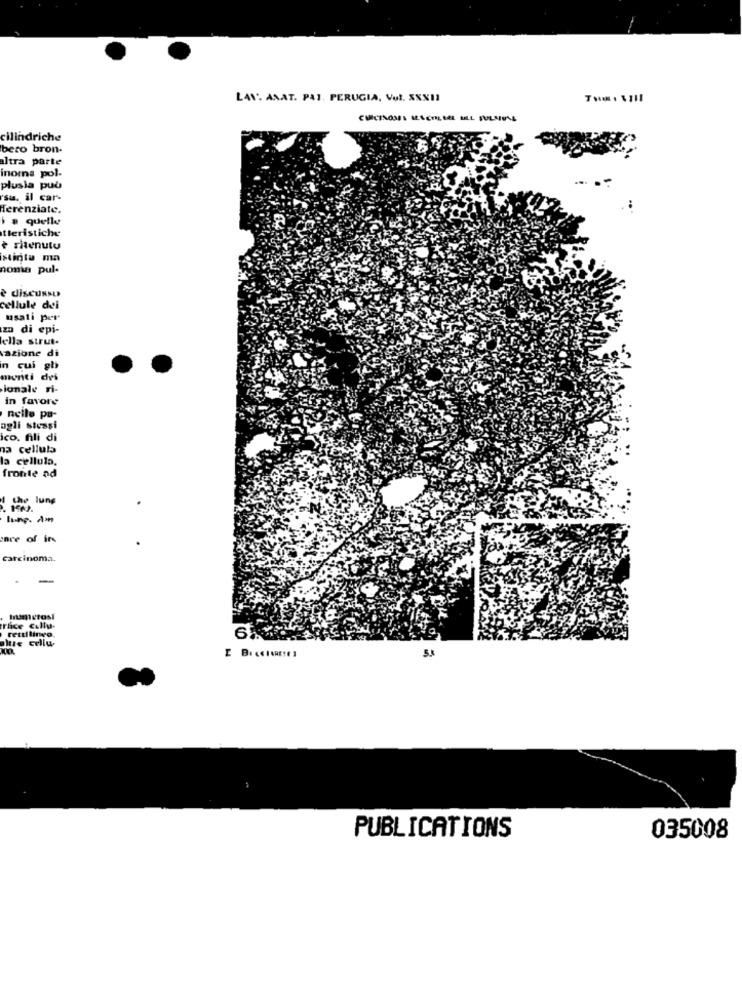
LAN'S ANAT. PAI. PERUGIA, Vol. XXX11
cilindriche
bero bron-
altra parte
inomna pol-
plusla puù
"su, il car-
Herenziate.
i a quelle
tteristiche
è ritenuto
stinta ma
nona pul-
è diSCUNSU
cellule dei
usati per
za di epi-
ella strut-
azione di
in cui gli
monti dei
ionale ri-
in favore
nelle pa-
agli stessi
ico. fili di
na cellula
la cellula.
fronte ad
lung. A'm
once of in
carcinoma.
humetosi
Thice Cully-
rettilineo.
atte cellu.
6
PUBLICATIONS
035008